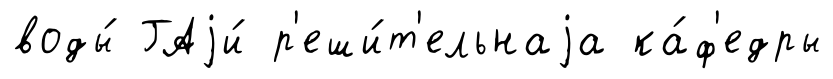
воды́ ГАjи́ р'еши́т'ельнаjа ка́ф'едры